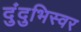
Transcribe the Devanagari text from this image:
दुंदुभिस्वर